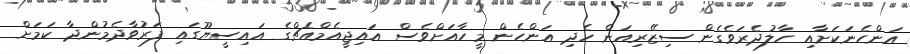
އަންހެނަކަށާއި ހާލުދެރަވެގެން ސިޒޭރިއަން ހެދި އަންހެން މީހާއަށްވެސް އައިޖީއެމްއެޗްގެ އައިސީޔޫގައި ފަރުވާދެމުންދާ ކަމަށް